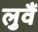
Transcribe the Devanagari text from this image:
लुवैं